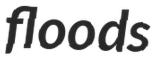
floods